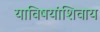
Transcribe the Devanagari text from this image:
याविषयांशिवाय